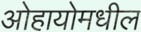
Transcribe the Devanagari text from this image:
ओहायोमधील